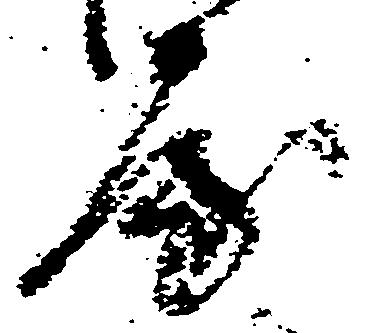
房